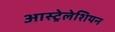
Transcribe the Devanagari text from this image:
आस्ट्रेलेशियन